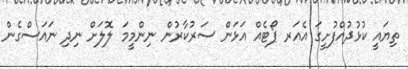
ތިޔައީ ކުޅުދުއްފުށީގަ އެއަރ ޕޯޓެއް އަޅަން ސަރުކާރުން ނިންމީމަ ލޮލަށް ނިދި ނައަސްގެން